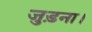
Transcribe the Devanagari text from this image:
जुड़ना।